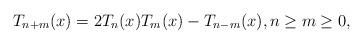
LaTeX: \begin{align*} T_{n+m}(x) = 2 T_n(x) T_m(x) - T_{n-m}(x), n \geq m \geq 0,\end{align*}